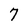
Character: 7